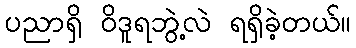
ပညာရှိ ဝိဒူရဘွဲ့လဲ ရရှိခဲ့တယ်။